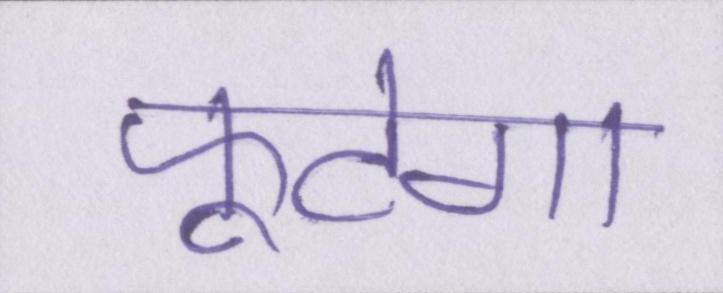
फूटेगा